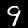
Label: 9